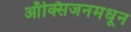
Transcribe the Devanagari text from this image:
ऑक्सिजनमधून